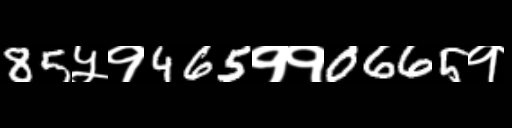
Text: 85५१465११0665१